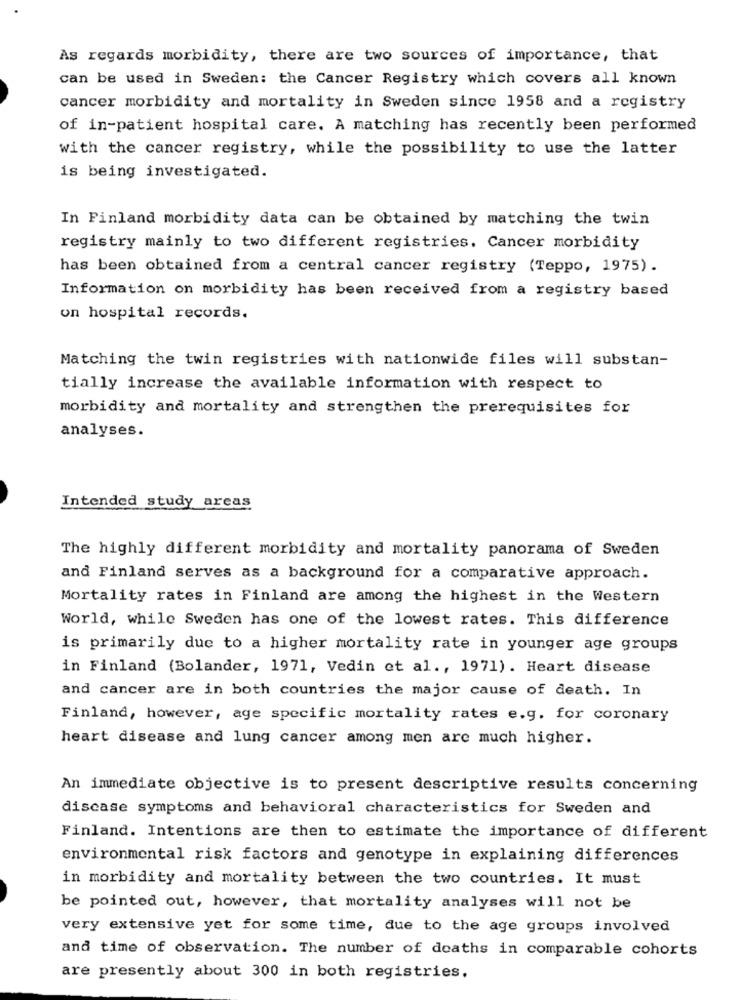
As regards morbidity, there are two sources of importance, that
can be used in Sweden: the Cancer Registry which covers all known
cancer morbidity and mortality in Sweden since 1958 and a registry
of in-patient hospital care. A matching has recently been performed
with the cancer registry, while the possibility to use the latter
is being investigated.
In Finland morbidity data can be obtained by matching the twin
registry mainly to two different registries. Cancer morbidity
has been obtained from a central cancer registry (Teppo, 1975).
Information on morbidity has been received from a registry based
on hospital records.
Matching the twin registries with nationwide files will substan-
tially increase the available information with respect to
morbidity and mortality and strengthen the prerequisites for
analyses.
Intended study areas
The highly different morbidity and mortality panorama of Sweden
and Finland serves as a background for a comparative approach.
Mortality rates in Finland are among the highest in the Western
World, while Sweden has one of the lowest rates. This difference
is primarily due to a higher mortality rate in younger age groups
in Finland (Bolander, 1971, Vedin et al ., 1971). Heart disease
and cancer are in both countries the major cause of death. In
Finland, however, age specific mortality rates e.g. for coronary
heart disease and lung cancer among men are much higher.
An immediate objective is to present descriptive results concerning
disease symptoms and behavioral characteristics for Sweden and
Finland. Intentions are then to estimate the importance of different
environmental risk factors and genotype in explaining differences
in morbidity and mortality between the two countries. It must
be pointed out, however, that mortality analyses will not be
very extensive yet for some time, due to the age groups involved
and time of observation. The number of deaths in comparable cohorts
are presently about 300 in both registries.